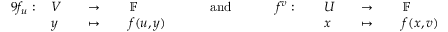
{ \begin{array} { r l r l r l r l r l r l r l r l } { { 9 } f _ { u } : \, } & { V } & & { \to \, } & & { \mathbb { F } } & & { \quad { \mathrm { ~ a n d ~ } } \quad } & & { f ^ { v } : \, } & & { U } & & { \to \, } & & { \mathbb { F } } \\ & { y } & & { \mapsto \, } & & { f ( u , y ) } & & { } & & { } & & { x } & & { \mapsto \, } & & { f ( x , v ) } \end{array} }